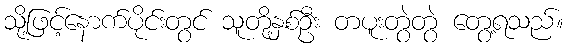
သို့ဖြင့်နောက်ပိုင်းတွင် သူတို့နှစ်ဦး တပူးတွဲတွဲ တွေ့ရသည်။